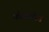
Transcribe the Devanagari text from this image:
कोज़लोव